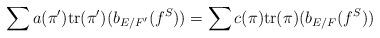
LaTeX: \begin{align*}&\sum a(\pi')\mathrm{tr}(\pi')(b_{E/F'}(f^S))=\sum c(\pi)\mathrm{tr}(\pi)(b_{E/F}(f^S))\end{align*}